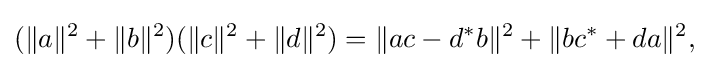
\displaystyle {(\|a\|^{2}+\|b\|^{2})(\|c\|^{2}+\|d\|^{2})=\|ac-d^{*}b\|^{2}+\|bc^{*}+da\|^{2},}